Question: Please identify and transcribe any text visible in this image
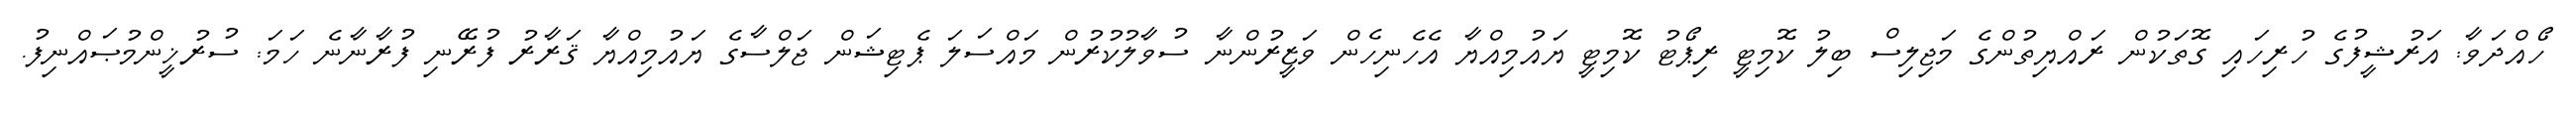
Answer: ހޯއްދަވާ: އަރުޝީފުގެ ހުރިހައި ގޮތަކުން ރައްޔިތުންގެ މަޖިލިސް ބިލު ކޮމިޓީ ރިޕޯޓު ކޮމިޓީ ޔައުމިއްޔާ އެހެނިހެން ވަޒީރުންނާ ސުވާލުކުރުން މައްސަލަ ޕެޓިޝަން ޖަލްސާގެ ޔައުމިއްޔާ ޤަރާރު ފުރޭނި ފުރާނާނެ ހަމަ: ސުރުޚީންމުޞައްނިފު.